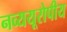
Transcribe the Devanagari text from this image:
नव्ययूरोपीय